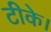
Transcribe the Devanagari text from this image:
टीके।